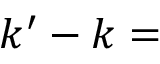
k ^ { \prime } - k =